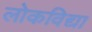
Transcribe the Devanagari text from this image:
लोकविद्या